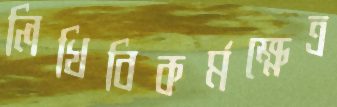
লিখিবিকর্মক্ষেত্র